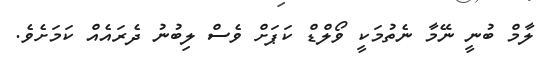
ލާމް ބުނީ ނޭމާ ނެތުމަކީ ވޯލްޑް ކަޕަށް ވެސް ލިބުނު ދެރައެއް ކަމަށެވެ.